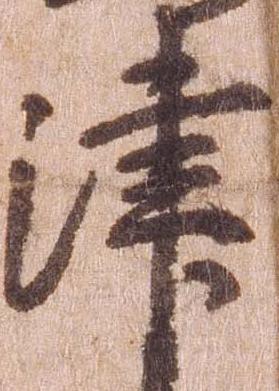
津